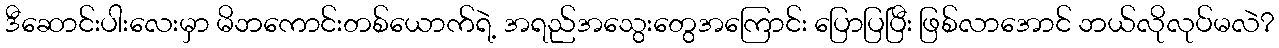
ဒီဆောင်းပါးလေးမှာ မိဘကောင်းတစ်ယောက်ရဲ့ အရည်အသွေးတွေအကြောင်း ပြောပြပြီး ဖြစ်လာအောင် ဘယ်လိုလုပ်မလဲ?